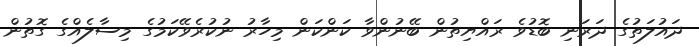
ދައުލަތުގެ ދަރަނި ބޮޑުވެ ރައްޔިތުން ބޭނުންވާ ކަންކަން މިހާރު ނުކުރެވޭކަމުގެ މިސާލެއްގެ ގޮތުން